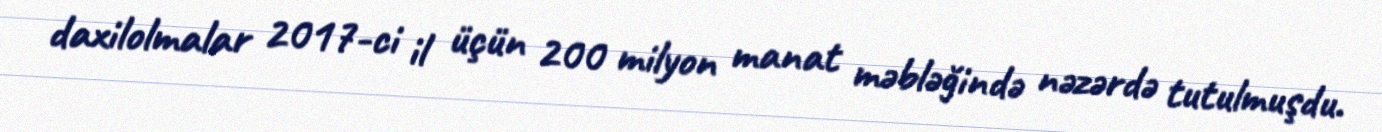
daxilolmalar 2017-ci il üçün 200 milyon manat məbləğində nəzərdə tutulmuşdu.